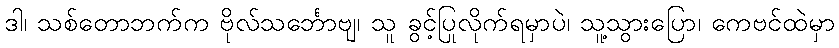
ဒါ၊ သစ်တောဘက်က ဗိုလ်သင်္ဘောဗျ၊ သူ ခွင့်ပြုလိုက်ရမှာပဲ၊ သူ့သွားပြော၊ ကေဗင်ထဲမှာ